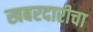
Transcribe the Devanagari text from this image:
खबरदारीचा